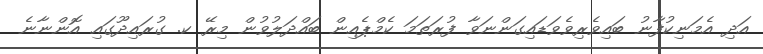
އަދި އެމަނިކުފާނު ބައިވެެރިވެވަޑައިގަންނަވާ ފުރަތަމަ ކެމްޕެއިން ބައްދަލުވުން މިރޭ ކ. ގުރައިދޫގައި އޮންނާނެ